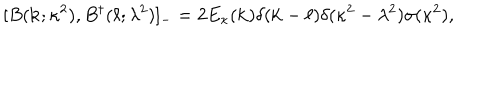
LaTeX: [ B ( { \bf k } ; \kappa ^ { 2 } ) , B ^ { \dagger } ( { \bf \ell } ; \lambda ^ { 2 } ) ] _ { - } = 2 E _ { \kappa } ( { \bf k } ) \delta ( { \bf k } - { \bf \ell } ) \delta ( \kappa ^ { 2 } - \lambda ^ { 2 } ) \sigma ( \kappa ^ { 2 } ) ,